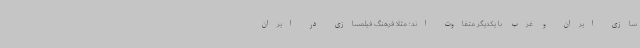
سازی ایران و غرب با یکدیگر متفاوت اند؛ مثلا فرهنگ فیلمسازی در ایران